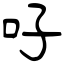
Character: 吇